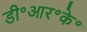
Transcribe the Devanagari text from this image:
डी॰आर॰के॰